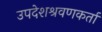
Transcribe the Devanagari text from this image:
उपदेशश्रवणकर्ता